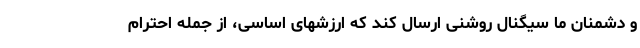
و دشمنان ما سیگنال روشنی ارسال كند كه ارزشهای اساسی، از جمله احترام